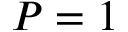
P = 1